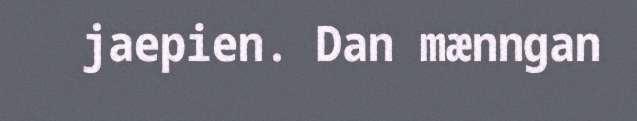
jaepien. Dan mænngan